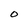
Character: O